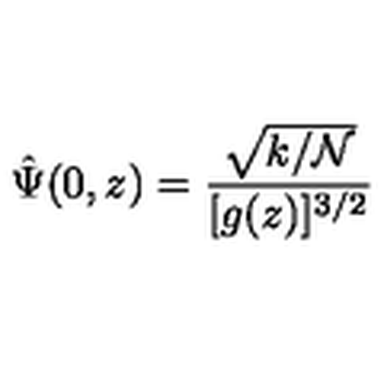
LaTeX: \hat { \Psi } ( 0 , z ) = \frac { \sqrt { k / { \mathcal { N } } } } { [ g ( z ) ] ^ { 3 / 2 } }